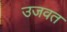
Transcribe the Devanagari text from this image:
उजवत